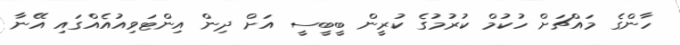
ހާންގެ މައްޗަށް ހުކުމް ކުރުމުގެ ކުރީން ބީބީސީ އަށް ދިން އިންޓަވިއުއެއްގައި އޭނާ